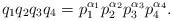
LaTeX: \begin{align*}q_1q_2q_3q_4 = p_1^{\alpha_1}p_2^{\alpha_2}p_3^{\alpha_3}p_4^{\alpha_4}.\end{align*}